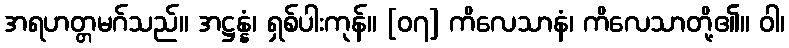
အရဟတ္တမဂ်သည်။ အဋ္ဌန္နံ၊ ရှစ်ပါးကုန်။ [၀၇] ကိလေသာနံ၊ ကိလေသာတို့၏။ ဝါ၊